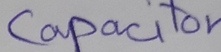
Text: Capacitor